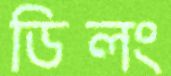
ডিলং